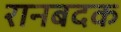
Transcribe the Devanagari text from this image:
रानबदक